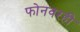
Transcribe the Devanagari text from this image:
फोनवरही